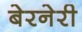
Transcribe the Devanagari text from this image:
बेरनेरी